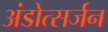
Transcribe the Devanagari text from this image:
अंडोत्सर्जन